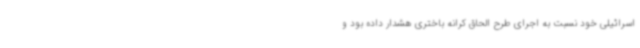
اسرائیلی خود نسبت به اجرای طرح الحاق کرانه باختری هشدار داده بود و